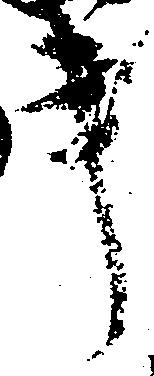
書